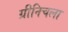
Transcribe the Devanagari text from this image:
ग्रीनिचला